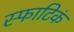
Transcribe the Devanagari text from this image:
स्फाटिकं